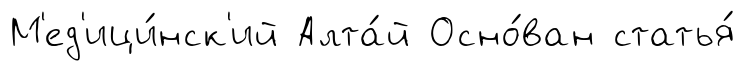
М'ед'ици́нск'ий Алта́й Осно́ван статья́